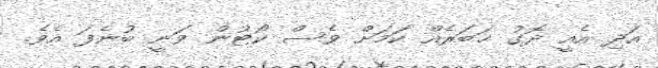
އަދި އެއީ ދޮގު ޚަބަރެއް ކަމަށް ވެސް ކޯޓުން ވަނީ ބުނެފަ އެވެ.